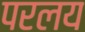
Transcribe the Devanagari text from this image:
परलय